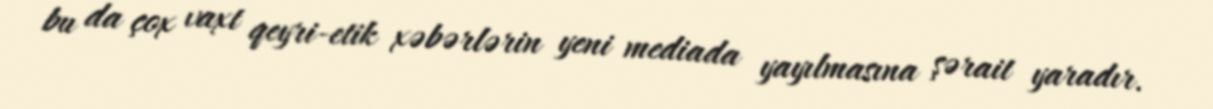
bu da çox vaxt qeyri-etik xəbərlərin yeni mediada yayılmasına şərait yaradır.